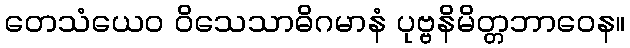
တေသံယေဝ ဝိသေသာဓိဂမာနံ ပုဗ္ဗနိမိတ္တဘာဝေန။